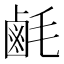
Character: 𪉚